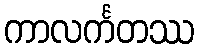
ကာလင်္ကတဿ